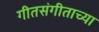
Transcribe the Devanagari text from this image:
गीतसंगीताच्या